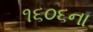
૧૬૦૬ના